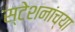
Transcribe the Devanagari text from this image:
स्टेशनांच्या